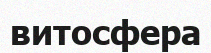
витосфера